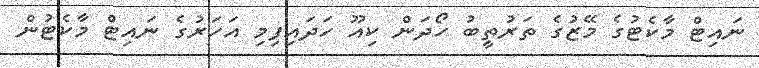
ނައިޓް މާކެޓުގެ މޭޒުގެ ތަރުތީބު ހޯދަން ކިއޫ ހަދައިފިމި އަހަރުގެ ނައިޓް މާކެޓުން